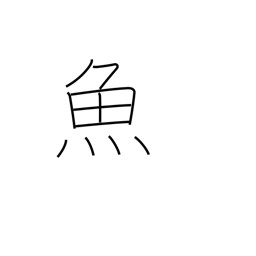
Meaning: fish